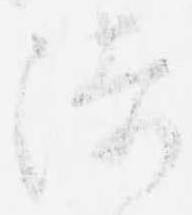
徒